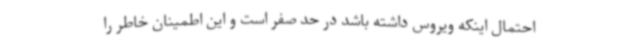
احتمال اینکه ویروس داشته باشد در حد صفر است و این اطمینان خاطر را